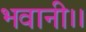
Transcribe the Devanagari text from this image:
भवानी।।